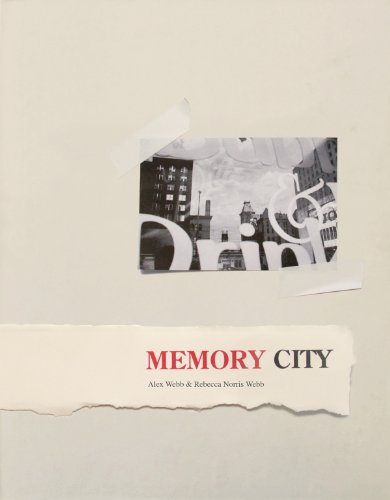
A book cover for Alex Webb & Rebecca Norris Webb: Memory City; Arts & Photography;